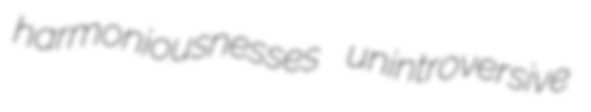
harmoniousnesses unintroversive